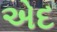
એદ